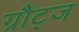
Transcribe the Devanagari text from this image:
ग्रौट्ज